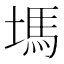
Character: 𡏢